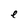
Character: e